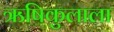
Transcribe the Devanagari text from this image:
ऋषिकुलाला